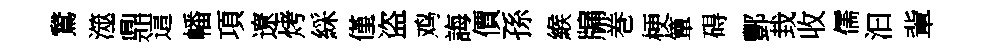
鵞澨鼎這幡項遼烤綵僅盗鸡誨價孫緱牖巻梗簞碍酆㘽收儒汩軰